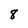
Character: 8